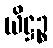
ယိဋ္ဌဉ္စ